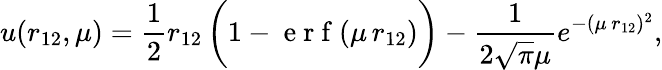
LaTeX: u(r_{12},\mu)=\frac{1}{2}r_{12}\, \bigg(1-\mathrm{~e~r~f~}(\mu\, r_{12})\bigg)-\frac{1}{2\sqrt{\pi}\mu}e^{-(\mu\, r_{12})^{2}},